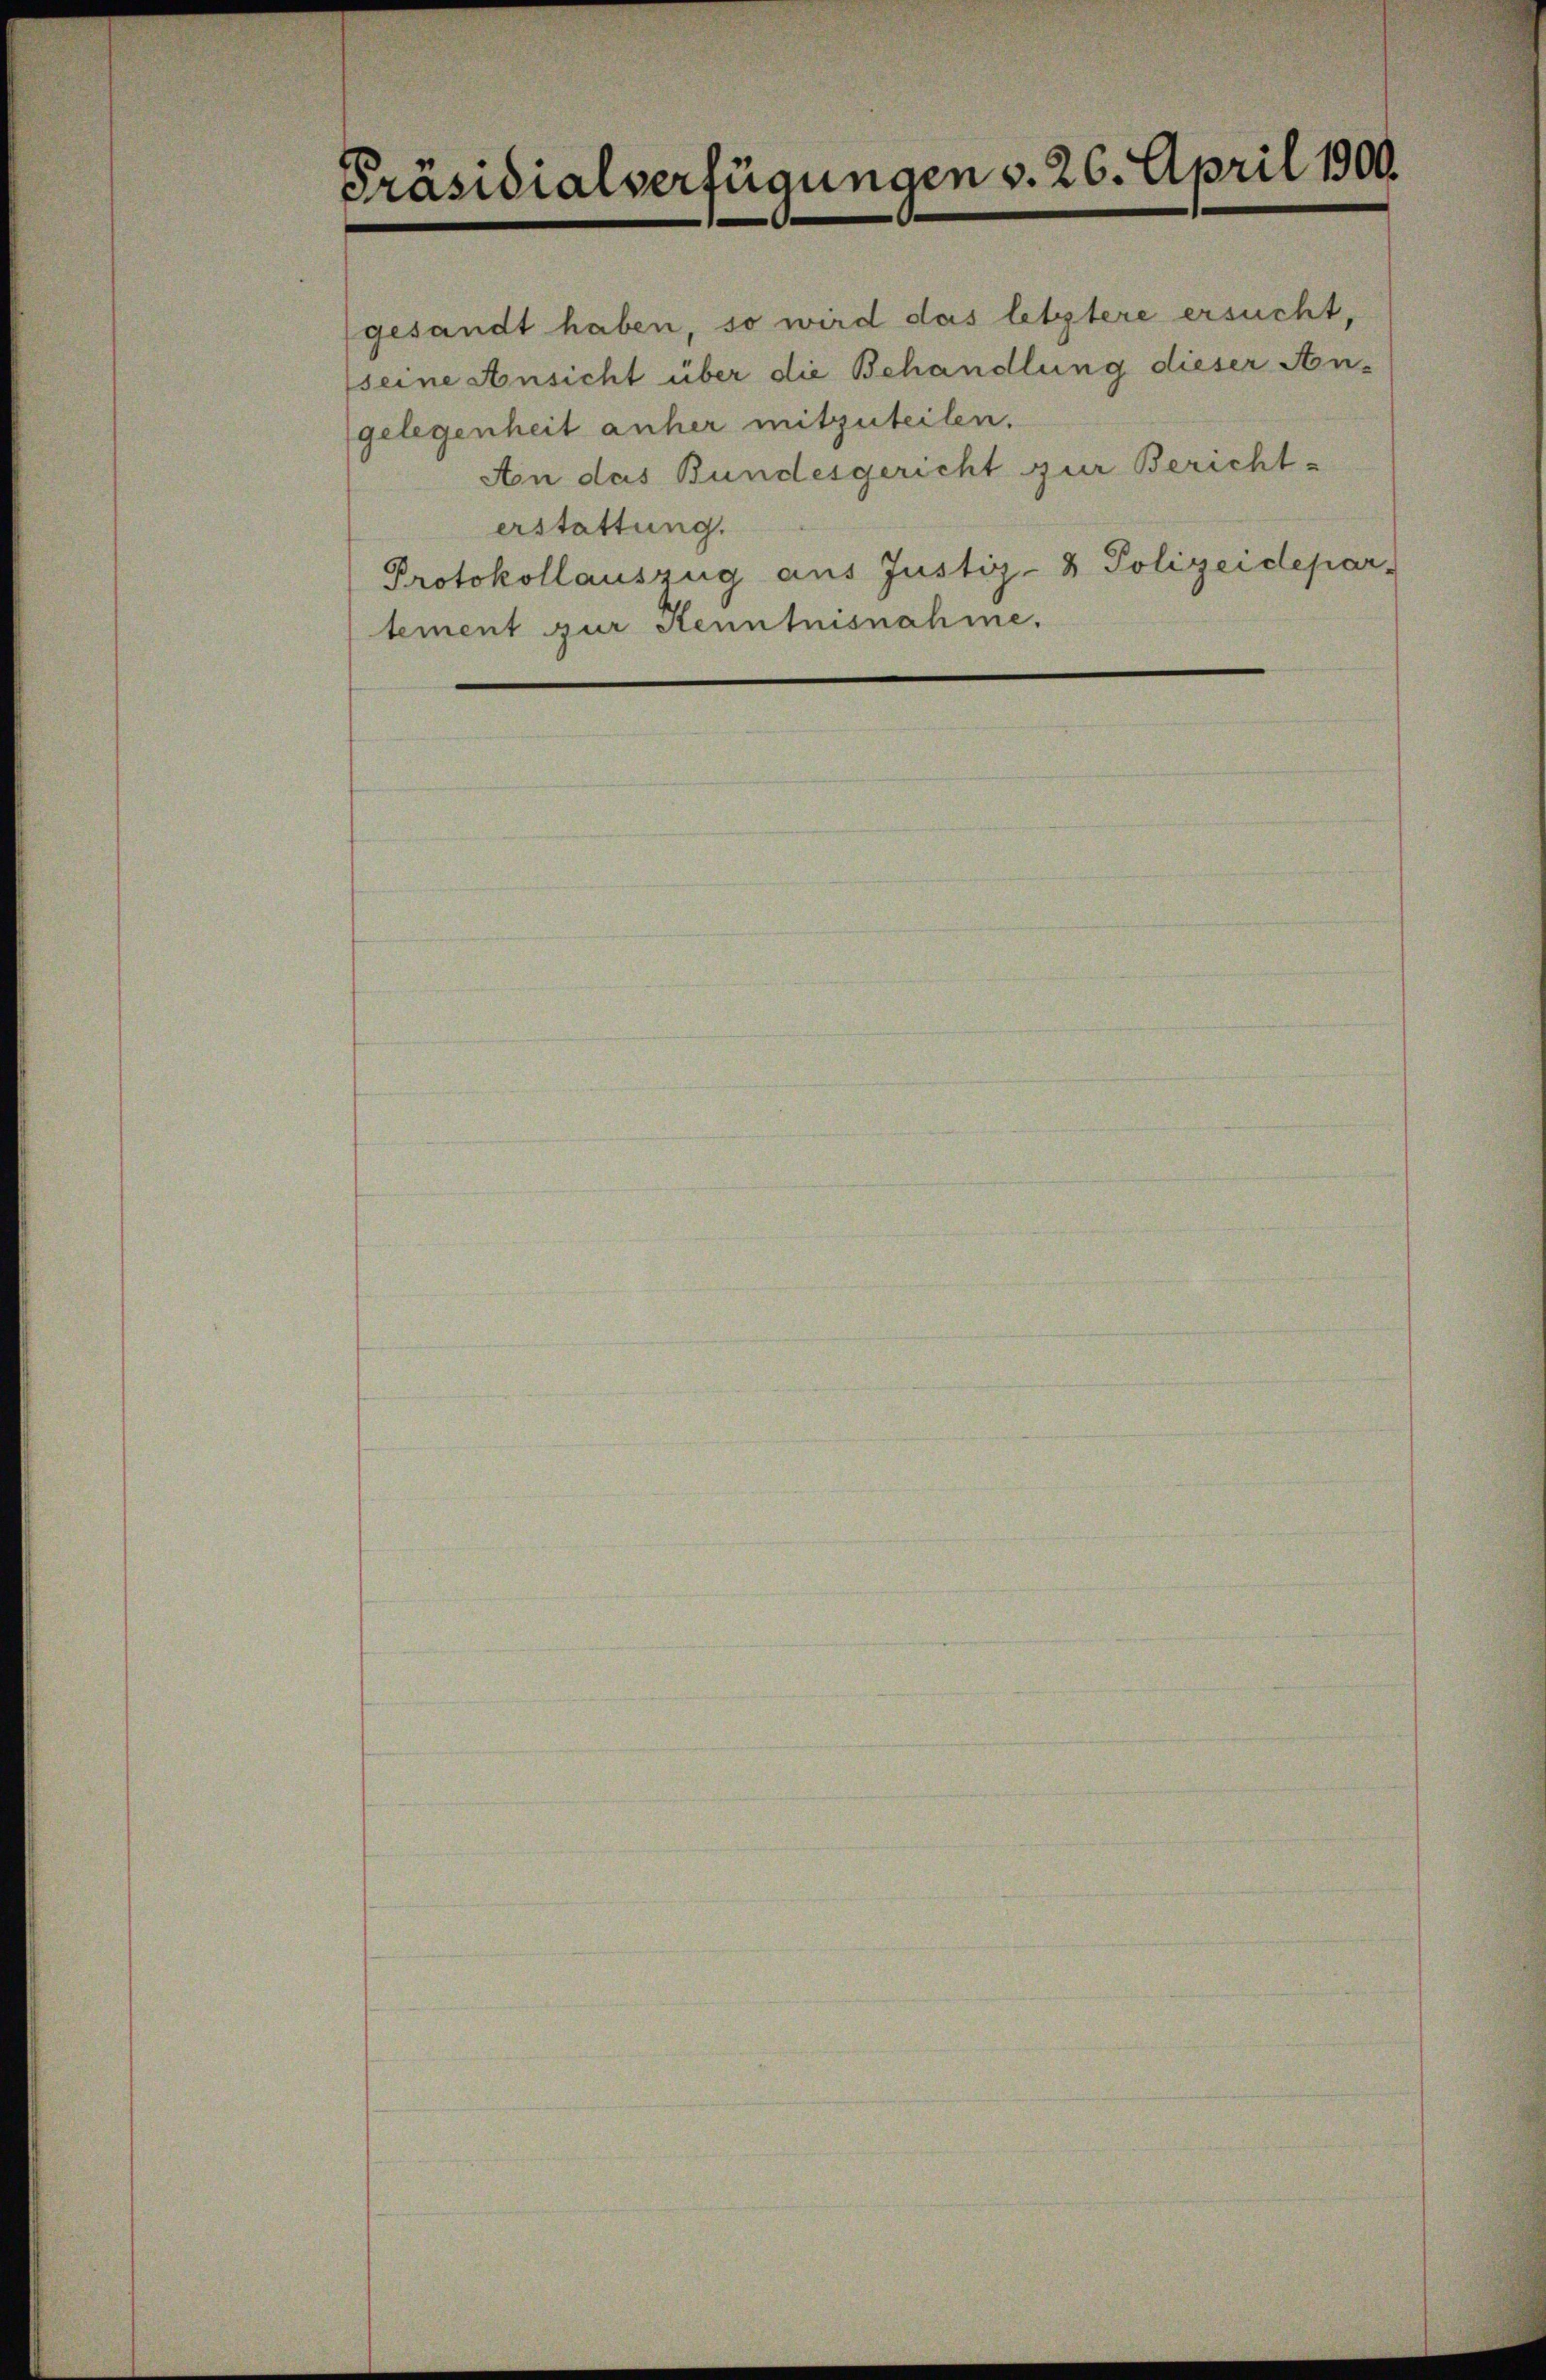
Präsidialverfügungen v. 26. April 1900.

An das Bundesgericht zur Bericht-
erstattung.
Protokollauszug aus Justiz- & Polizeidepar-
tement zur Kenntnisnahme.

gesandt haben, so wird das letztere ersucht,
seine Ansicht über die Behandlung dieser An-
gelegenheit anher mitzuteilen.